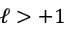
\ell > + 1